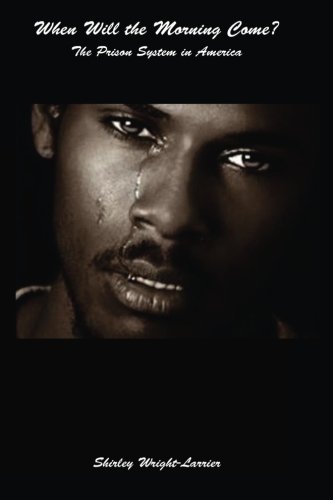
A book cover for When Will the Morning Come?: The Prison System in America; Shirley Wright-Larrier; Law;